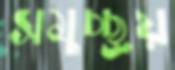
সমুচ্ছ্রয়